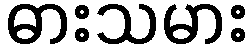
ဓားသမား